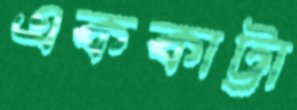
এককাট্টা